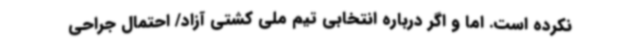
نکرده است. اما و اگر درباره انتخابی تیم ملی کشتی آزاد/ احتمال جراحی